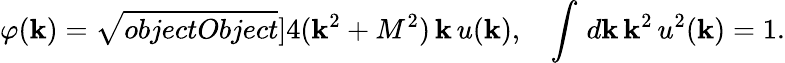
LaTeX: \varphi(\mathbf{k})=\sqrt{{{objectObject}}}{]}{4(\mathbf{k}^{2}+M^{2})}\, \mathbf{k}\, u(\mathbf{k}),~~~\int\, d\mathbf{k}\, \mathbf{k}^{2}\, u^{2}(\mathbf{k})=1.